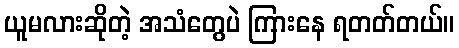
ယူမလားဆိုတဲ့ အသံတွေပဲ ကြားနေ ရတတ်တယ်။